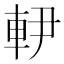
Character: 𨊼